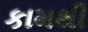
કામથી